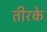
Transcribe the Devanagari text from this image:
तीरके